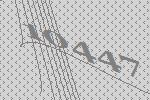
10447